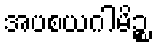
အပစယဂါမိဉ္စ